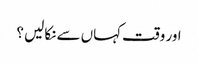
اور وقت کہاں سے نکالیں ؟